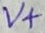
Text: V+